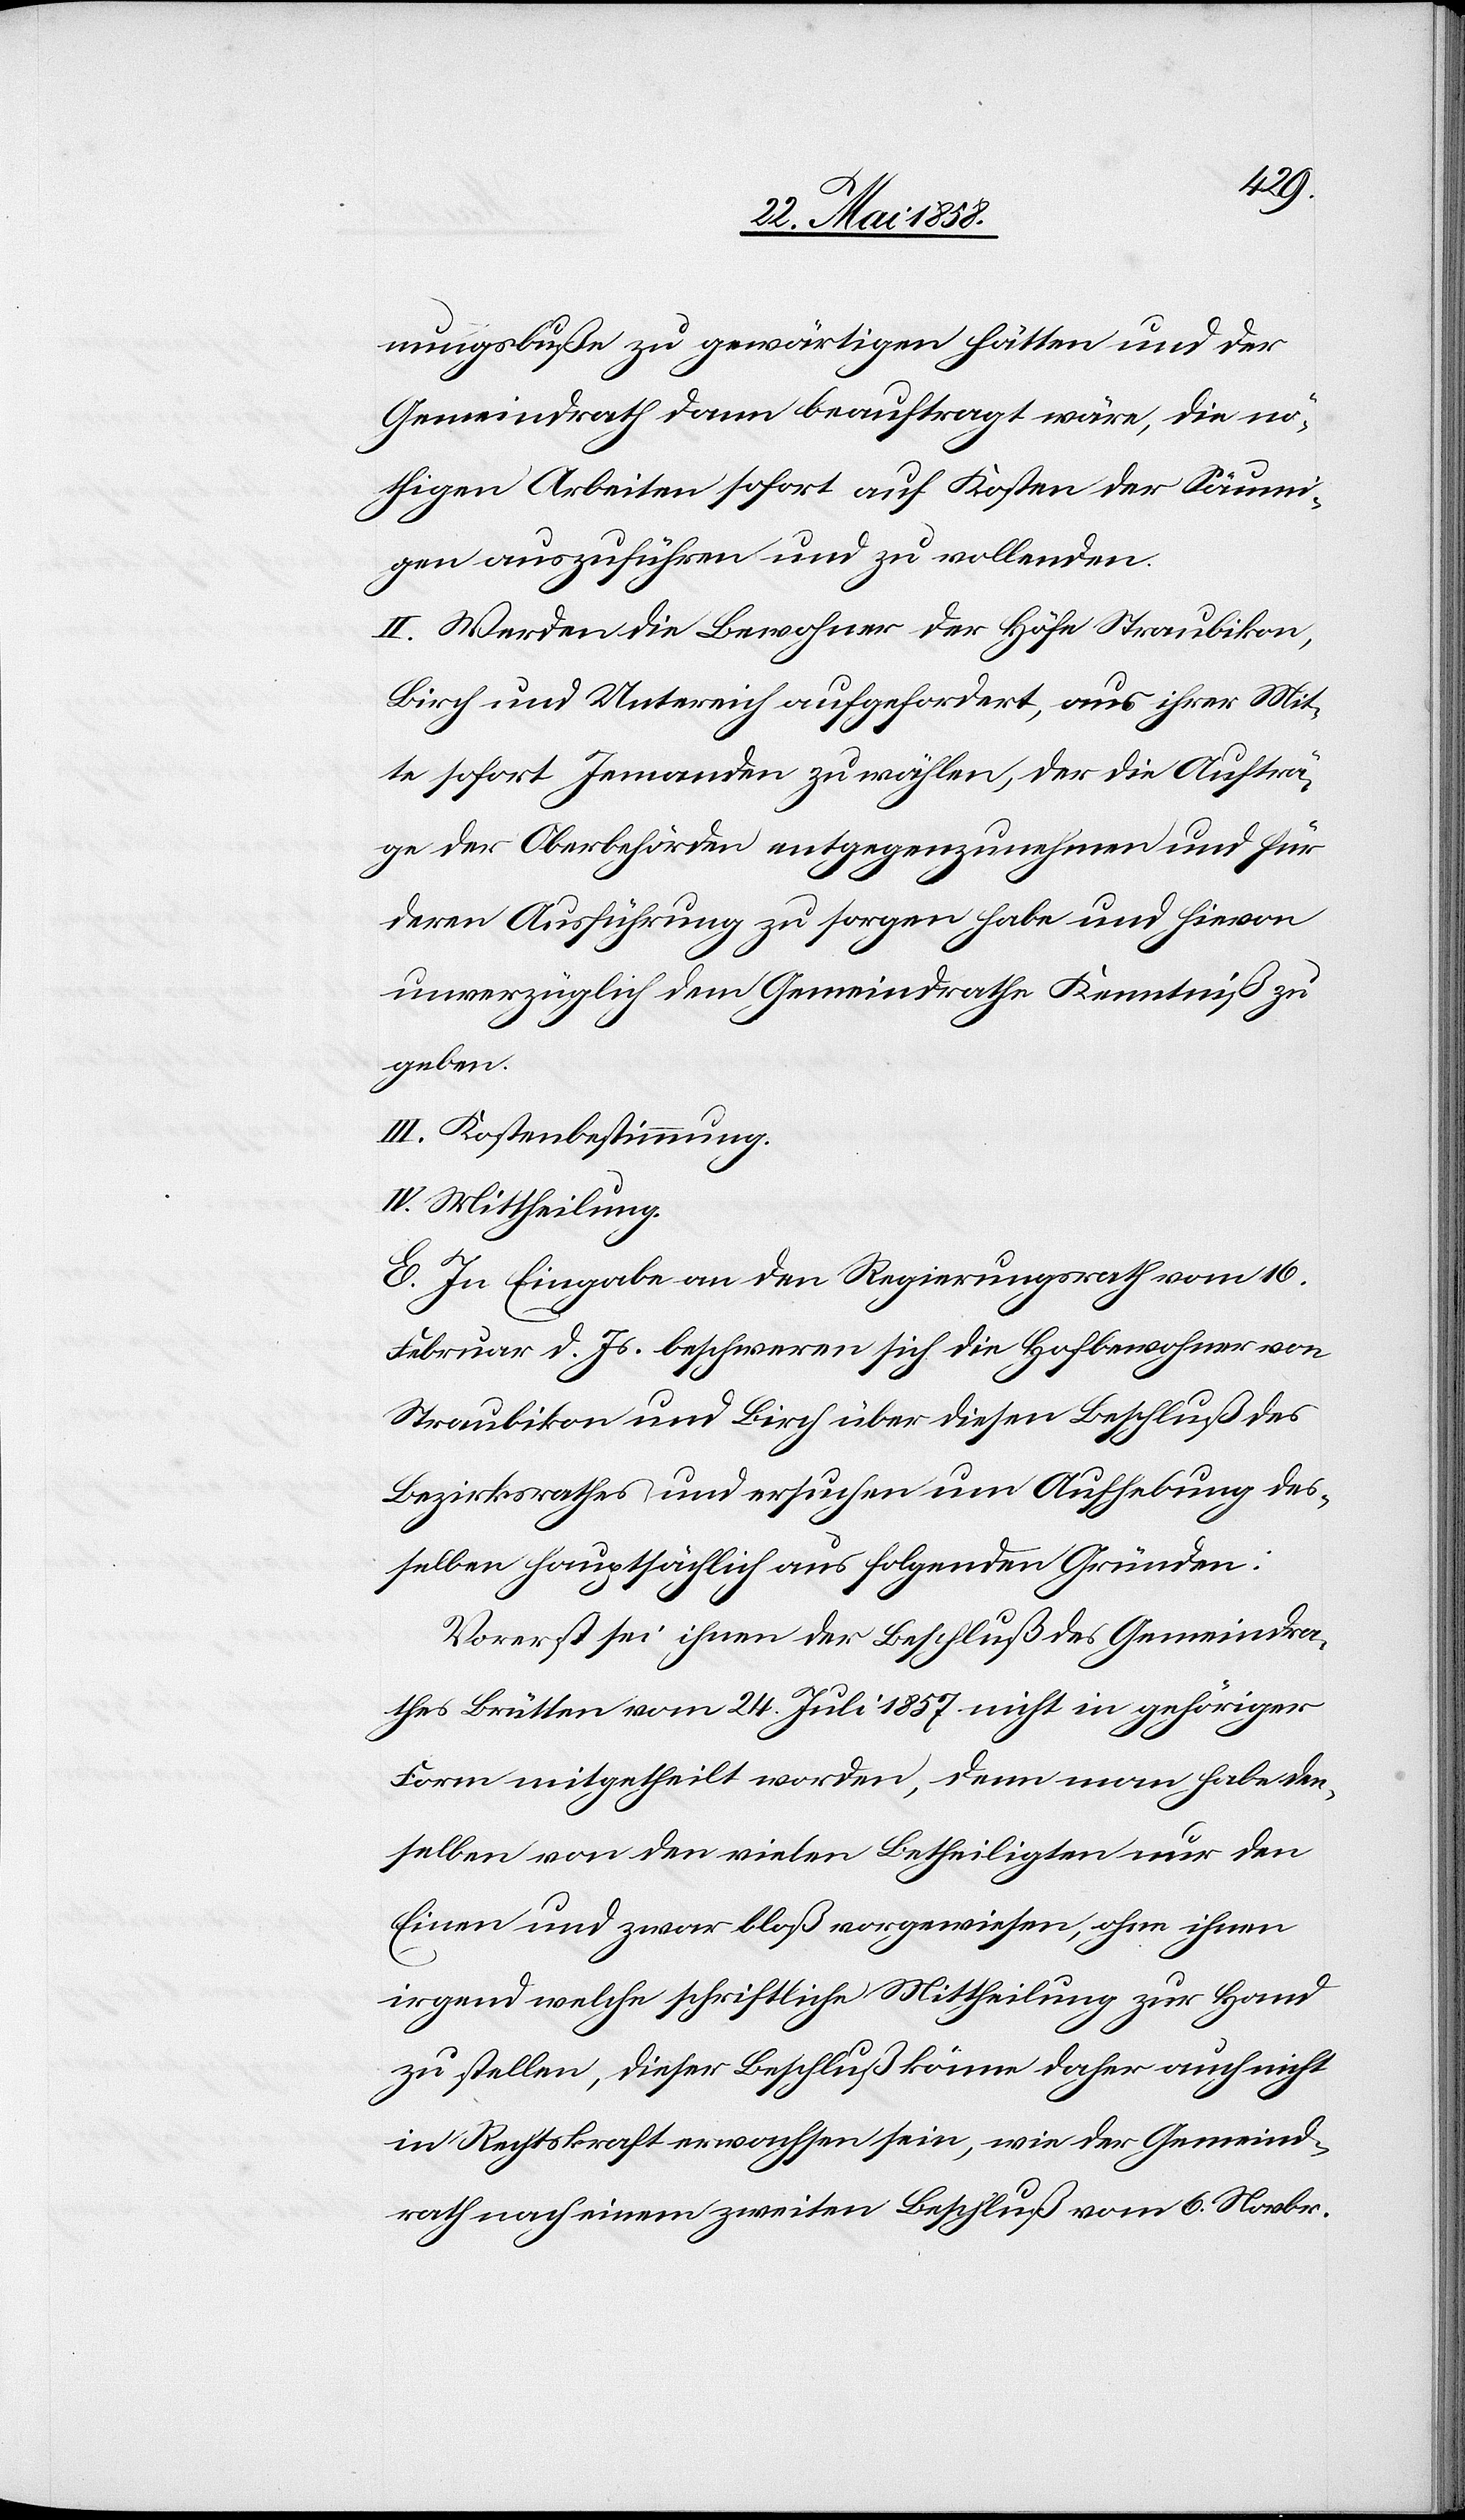
nungsbuße zu gewärtigen hätten und der
Gemeindrath dann beauftragt wäre, die nö¬
thigen Arbeiten sofort auf Kosten der Säumi¬
gen auszuführen und zu vollenden.
II. Werden die Bewohner der Höfe Straubikon,
Birch und Untereich aufgefordert, aus ihrer Mit¬
te sofort Jemanden zu wählen, der die Aufträ¬
ge der Oberbehörden entgegenzunehmen und für
deren Ausführung zu sorgen habe und hievon
unverzüglich dem Gemeindrathe Kenntniß zu
geben.
III. Kostenbestimmung.
IV. Mittheilung.
E. In Eingabe an den Regierungsrath vom 16.
Februar d. Js. beschweren sich die Hofbewohner von
Straubikon und Birch über diesen Beschluß des
Bezirksrathes und ersuchen um Aufhebung des¬
selben hauptsächlich aus folgenden Gründen:
Vorerst sei ihnen der Beschluß des Gemeindra¬
thes Brütten vom 24. Juli 1857 nicht in gehöriger
Form mitgetheilt worden, denn man habe den¬
selben von den vielen Betheiligten nur den
Einen und zwar bloß vorgewiesen, ohne ihnen
irgend welche schriftliche Mittheilung zur Hand
zu stellen, dieser Beschluß könne daher auch nicht
in Rechtskraft erwachsen sein, wie der Gemeind¬
rath nach einem zweiten Beschluß vom 6. Novbr.